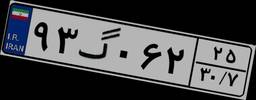
۲۲گ۱۲۷۶۰